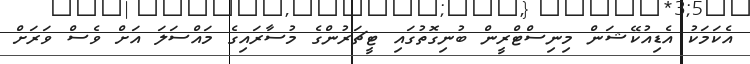
އެކަމަކު އެޑިއުކޭޝަން މިނިސްޓްރީން ބުނިގޮތުގައި ޓީޗަރުންގެ މުސާރައިގެ މައްސަލަ އަށް ވެސް ވަރަށް